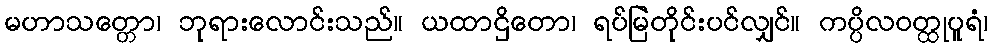
မဟာသတ္တော၊ ဘုရားလောင်းသည်။ ယထာဌိတော၊ ရပ်မြဲတိုင်းပင်လျှင်။ ကပ္ပိလဝတ္ထုပူရံ၊